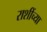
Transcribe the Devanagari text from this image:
राशींच्या